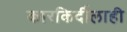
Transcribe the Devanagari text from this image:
कारकिर्दीलाही